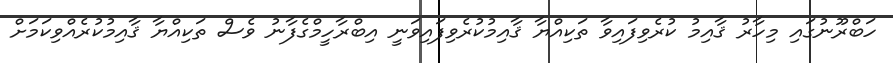
ހަބްރޫނުގައި މިހާރު ޤާއިމު ކުރެވިފައިވާ ތަކިއްޔާ ޤާއިމުކުރެވިފައިވަނީ އިބްރާހީމްގެފާނު ވެސް ތަކިއްޔާ ޤާއިމުކުރެއްވިކަމަށް